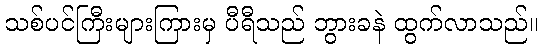
သစ်ပင်ကြီးများကြားမှ ပီရီသည် ဘွားခနဲ ထွက်လာသည်။